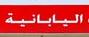
اليابانية